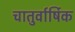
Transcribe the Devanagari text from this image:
चातुर्वार्षिक